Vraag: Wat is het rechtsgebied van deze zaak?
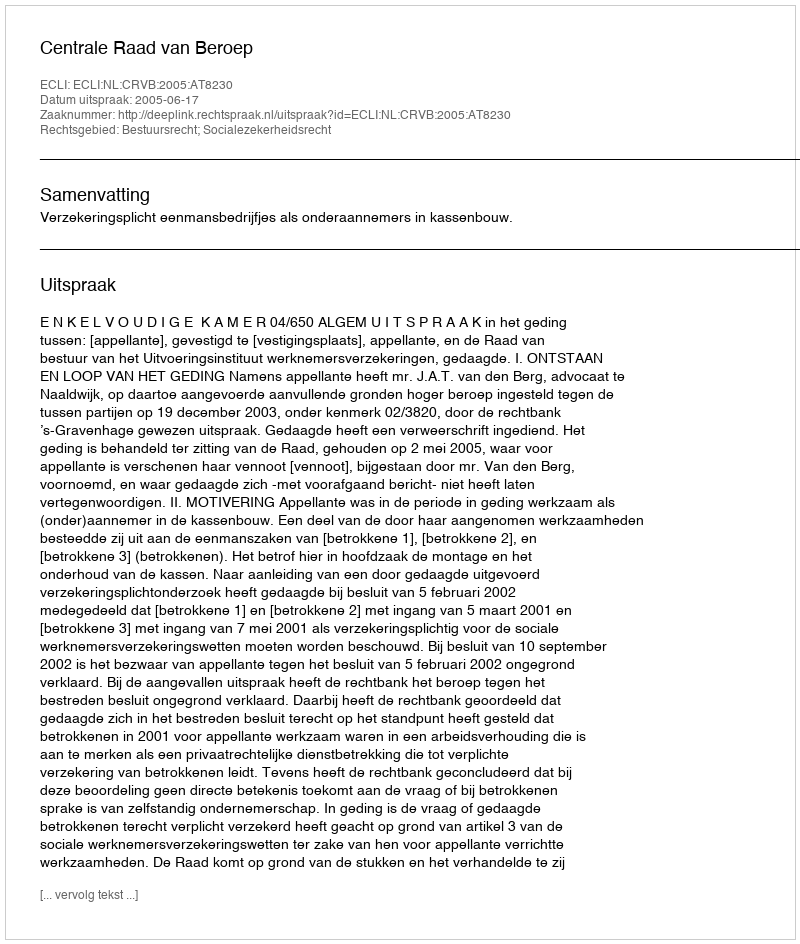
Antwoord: Bestuursrecht; Socialezekerheidsrecht